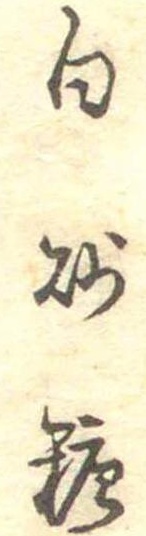
白砂糖